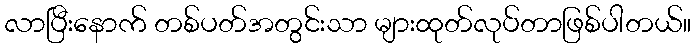
လာပြီးနောက် တစ်ပတ်အတွင်းသာ များထုတ်လုပ်တာဖြစ်ပါတယ်။